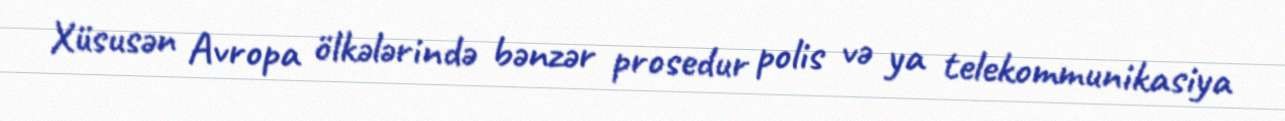
Xüsusən Avropa ölkələrində bənzər prosedur polis və ya telekommunikasiya